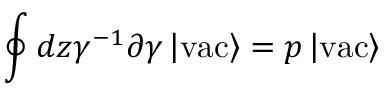
\oint d z \gamma ^ { - 1 } \partial \gamma \left| \mathrm { v a c } \right> = p \left| \mathrm { v a c } \right>